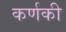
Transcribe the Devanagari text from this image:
कर्णकी